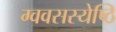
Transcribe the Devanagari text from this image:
ग्ववसस्येष्ठि